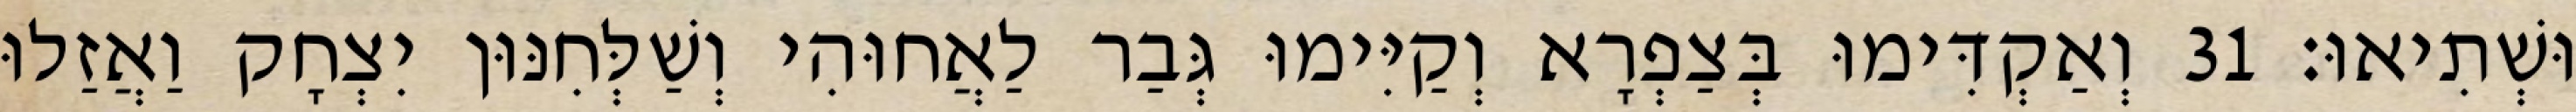
וּשְׁתִיאוּ׃ 31 וְאַקְדִּימוּ בְּצַפְרָא וְקַיִּימוּ גְּבַר לַאֲחוּהִי וְשַׁלְּחִנּוּן יִצְחָק וַאֲזַלוּ